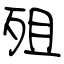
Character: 殂